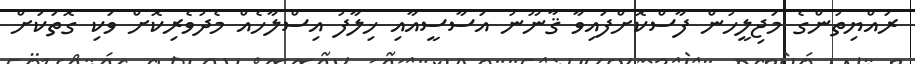
ރައްޔިތުންގެ މަޖިލީހުން ފާސްކޮށްފައިވާ ޤާނޫނު އަސާސީއާއި ޚިލާފު އިސްލާހެއް މެދުވެރިކޮށް ވަކި ގޮތަކަށް